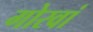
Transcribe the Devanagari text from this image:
गोरवां